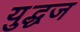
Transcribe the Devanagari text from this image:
युद्धज